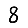
Digit: 8